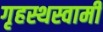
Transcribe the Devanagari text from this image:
गृहस्थस्वामी